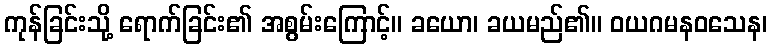
ကုန်ခြင်းသို့ ရောက်ခြင်း၏ အစွမ်းကြောင့်။ ခယော၊ ခယမည်၏။ ဝယဂမနဝသေန၊